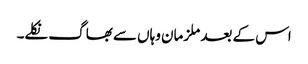
اس کے بعد ملزمان وہاں سے بھاگ نکلے۔